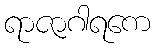
ရာဇာဂါရကေ